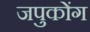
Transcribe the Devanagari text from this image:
जपुकोंग